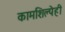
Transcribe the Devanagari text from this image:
कामशिल्पेही